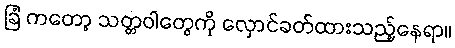
ခြံ ကတော့ သတ္တဝါတွေကို လှောင်ခတ်ထားသည့်နေရာ။